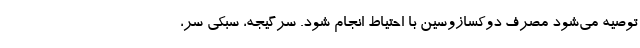
توصیه می‌شود مصرف دوکسازوسین با احتیاط انجام شود. سرگیجه، سبکی سر،